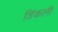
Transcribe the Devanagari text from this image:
डिंकली